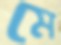
মে